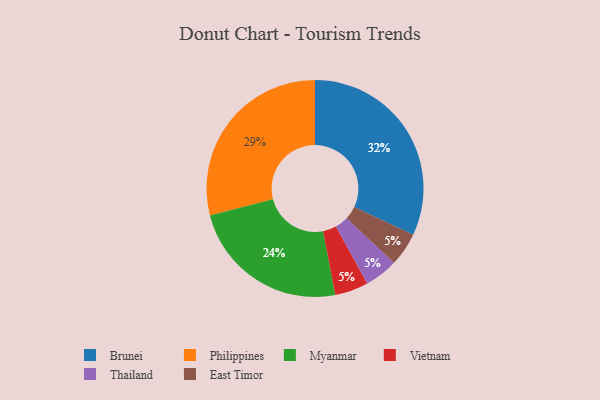
{"axis": {"x": "Category", "y": "Percentage"}, "legend": ["Brunei", "East Timor", "Myanmar", "Philippines", "Thailand", "Vietnam"], "data": [{"x": "Vietnam", "y": 5, "type": "Vietnam"}, {"x": "Thailand", "y": 5, "type": "Thailand"}, {"x": "Philippines", "y": 29, "type": "Philippines"}, {"x": "Brunei", "y": 32, "type": "Brunei"}, {"x": "East Timor", "y": 5, "type": "East Timor"}, {"x": "Myanmar", "y": 24, "type": "Myanmar"}]}